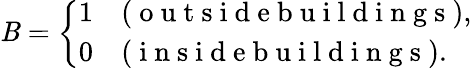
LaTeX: \mathit{B}=\left\{ \begin{array}{ll}{1}&{(\mathrm{~o~u~t~s~i~d~e~b~u~i~l~d~i~n~g~s~}),}\\ {0}&{(\mathrm{~i~n~s~i~d~e~b~u~i~l~d~i~n~g~s~}).}\end{array}\right.